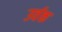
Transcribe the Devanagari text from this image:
उर्वक